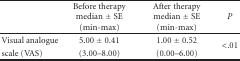
|  | Before therapy median ± SE (min-max) | After therapy median ± SE (min-max) | P |
 | --- | --- | --- | --- |
 | Visual analogue | 5.00 ± 0.41 | 1.00 ± 0.52 | <ROWSPAN=2> <.01 |
 | scale (VAS) | (3.00–8.00) | (0.00–6.00) |